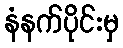
နံနက်ပိုင်းမှ